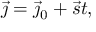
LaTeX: { \vec { \jmath } } = { \vec { \jmath } } _ { 0 } + { \vec { s } } t ,